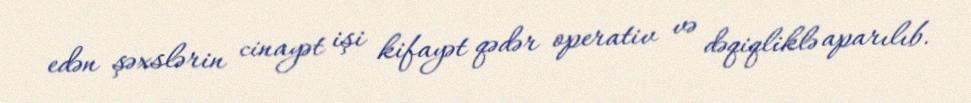
edən şəxslərin cinayət işi kifayət qədər operativ və dəqiqliklə aparılıb.